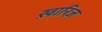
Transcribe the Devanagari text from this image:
ख़ारिज़